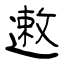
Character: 遫